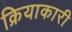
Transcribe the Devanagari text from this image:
क्रियाकारी